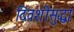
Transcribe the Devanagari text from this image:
दिवशीसुद्धा